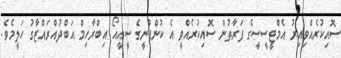
ސޮއިކުރެއްވިއިރު އެމްޓީސީސީގެ ފަރާތުން ސޮއިކުރެއްވީ އެ ކުންފުނީގެ ސީއީއޯ އިބްރާހިމް އަބްދުއްރައްޒާގު ހަލީމެވެ.